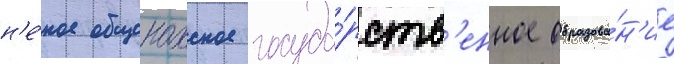
н'е́кое общенахское госуда́рств'енное образова́н'ие